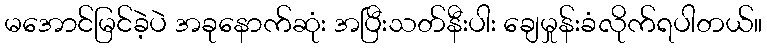
မအောင်မြင်ခဲ့ပဲ အခုနောက်ဆုံး အပြီးသတ်နီးပါး ချေမှုန်းခံလိုက်ရပါတယ်။